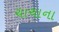
ચાચાના